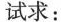
试求：